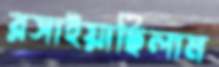
রসাইয়াছিলাম